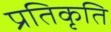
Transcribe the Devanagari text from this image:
प्रतिकृति